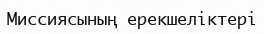
Миссиясының ерекшеліктері